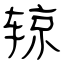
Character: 辌